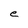
Character: e